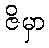
ဇိမှာ